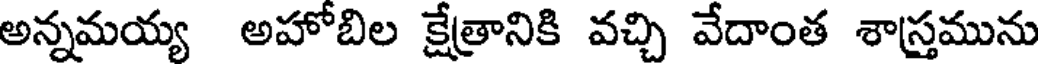
అన్నమయ్య అహోబిల క్షేత్రానికి వచ్చి వేదాంత శాస్త్రమును